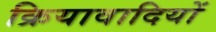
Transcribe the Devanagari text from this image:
क्रियावादियों